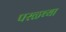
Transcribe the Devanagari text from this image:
परळच्या